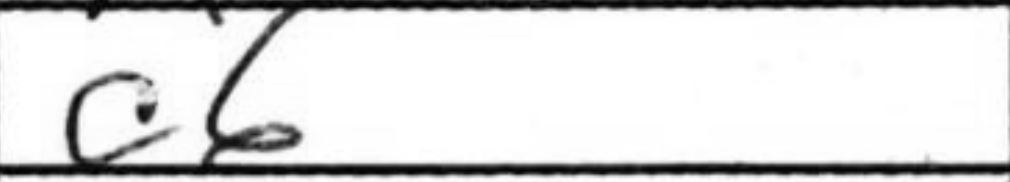
Transcription: c6